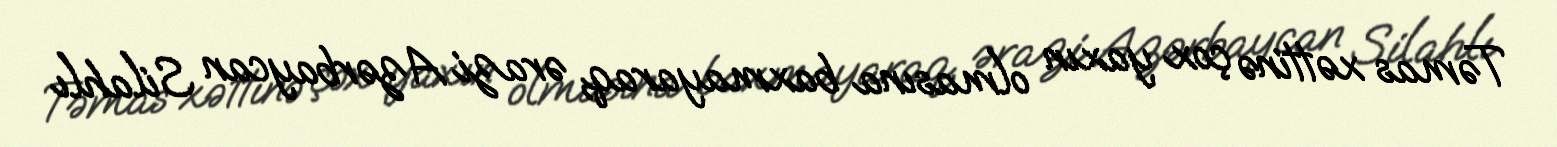
Təmas xəttinə çox yaxın olmasına baxmayaraq, ərazi Azərbaycan Silahlı